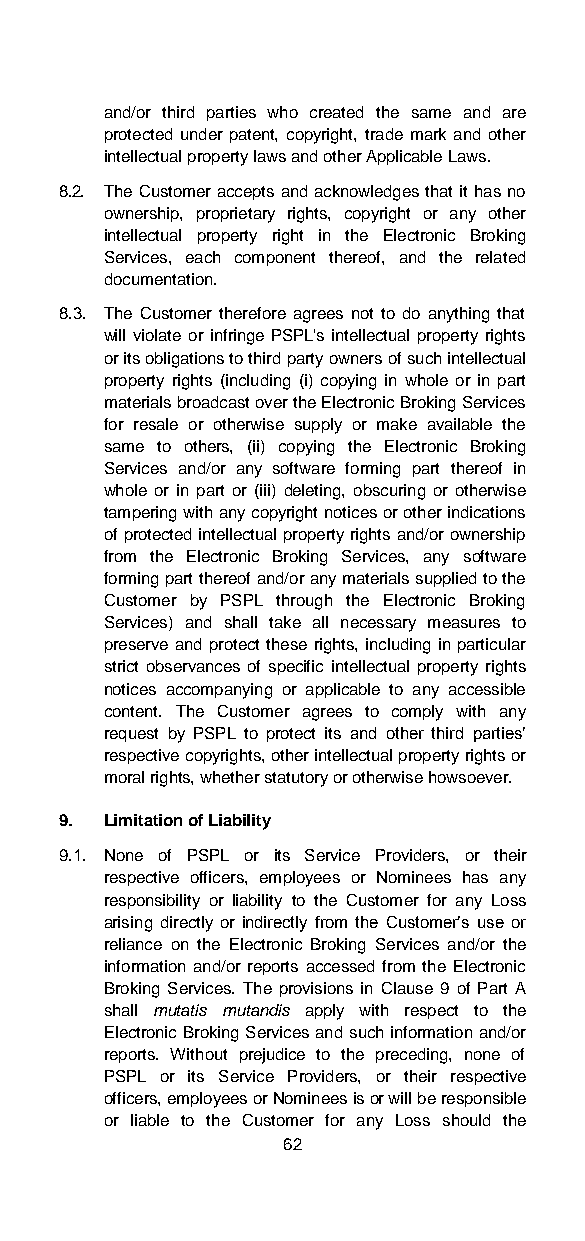
and/or third parties who created the same and are
 protected under patent, copyright, trade mark and other
 intellectual property laws and other Applicable Laws.
 8.2. The Customer accepts and acknowledges that it has no
 ownership, proprietary rights, copyright or any other
 intellectual property right in the Electronic Broking
 Services, each component thereof, and the related
 documentation.
 8.3. The Customer therefore agrees not to do anything that
 will violate or infringe PSPL's intellectual property rights
 or its obligations to third party owners of such intellectual
 property rights (including (i) copying in whole or in part
 materials broadcast over the Electronic Broking Services
 for resale or otherwise supply or make available the
 same to others, (ii) copying the Electronic Broking
 Services and/or any software forming part thereof in
 whole or in part or (iii) deleting, obscuring or otherwise
 tampering with any copyright notices or other indications
 of protected intellectual property rights and/or ownership
 from the Electronic Broking Services, any software
 forming part thereof and/or any materials supplied to the
 Customer by PSPL through the Electronic Broking
 Services) and shall take all necessary measures to
 preserve and protect these rights, including in particular
 strict observances of specific intellectual property rights
 notices accompanying or applicable to any accessible
 content. The Customer agrees to comply with any
 request by PSPL to protect its and other third parties’
 respective copyrights, other intellectual property rights or
 moral rights, whether statutory or otherwise howsoever.
 9. Limitation of Liability
 9.1. None of PSPL or its Service Providers, or their
 respective officers, employees or Nominees has any
 responsibility or liability to the Customer for any Loss
 arising directly or indirectly from the Customer’s use or
 reliance on the Electronic Broking Services and/or the
 information and/or reports accessed from the Electronic
 Broking Services. The provisions in Clause 9 of Part A
 shall mutatis mutandis apply with respect to the
 Electronic Broking Services and such information and/or
 reports. Without prejudice to the preceding, none of
 PSPL or its Service Providers, or their respective
 officers, employees or Nominees is or will be responsible
 or liable to the Customer for any Loss should the
 62